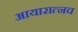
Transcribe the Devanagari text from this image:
आयारात्नच